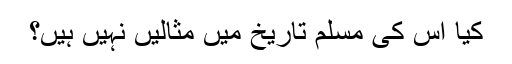
کیا اس کی مسلم تاریخ میں مثالیں نہیں ہیں؟